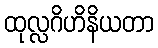
ထုလ္လဂိဟိနိယတာ